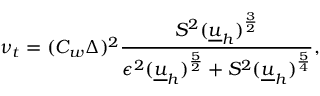
\nu _ { t } = ( C _ { w } \Delta ) ^ { 2 } \frac { S ^ { 2 } ( \underline { { u } } _ { h } ) ^ { \frac { 3 } { 2 } } } { \epsilon ^ { 2 } ( \underline { { u } } _ { h } ) ^ { \frac { 5 } { 2 } } + S ^ { 2 } ( \underline { { u } } _ { h } ) ^ { \frac { 5 } { 4 } } } ,